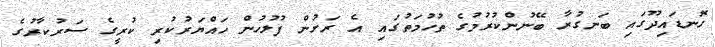
ހޮނޑައިދޫގައި ބަނގުރާ ބޭނުންކުރުމުގެ ތުހުމަތުގައި އެ ރަށުން ފުލުހުން ހައްޔަރުކުރި ކުރީގެ ސަރުކާރުގެ